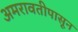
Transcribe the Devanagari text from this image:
अमरावतीपासून